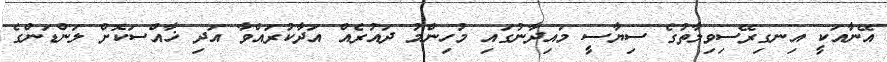
އޭނާއަކީ އިނގިރޭސިވިލާތުގެ ސިޔާސީ މައިދާނުގައި މުހިންމު ދައުރެއް އަދާކުރައްވާ އަދި ޚާއްސަކޮށް ލަންޑަންގެ